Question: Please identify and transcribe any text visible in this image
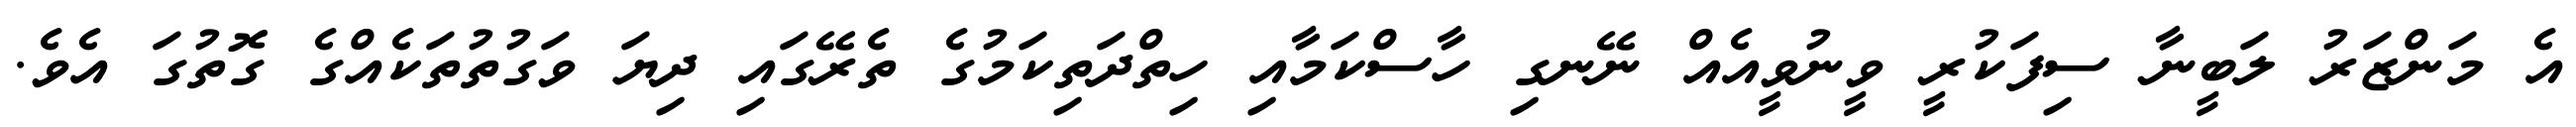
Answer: އެ މަންޒަރު ލަބީނާ ސިފަކުރީ ވީނުވީއެއް ނޭނގި ހާސްކަމާއި ހިތްދަތިކަމުގެ ތެރޭގައި ދިޔަ ވަގުތުތަކެއްގެ ގޮތުގަ އެވެ.